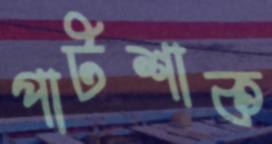
পাটশাক